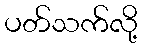
ပတ်သက်လို့